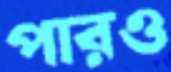
পারও